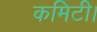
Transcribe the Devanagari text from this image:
कमिटी।